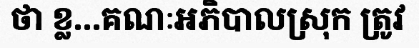
ថា ខ្ល...គណៈអភិបាលស្រុក ត្រូវ